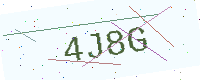
Text: 4J8G